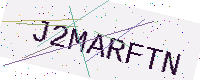
Text: J2MARFTN